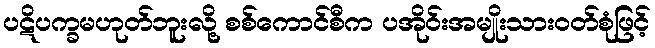
ပဋိပက္ခမဟုတ်ဘူးလို့ စစ်ကောင်စီက ပအိုဝ်းအမျိုးသားဝတ်စုံဖြင့်